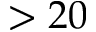
> 2 0